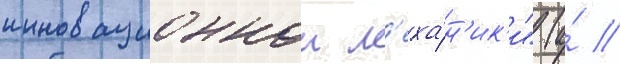
инновационнои м'еха́н'ик'и" (а́ //